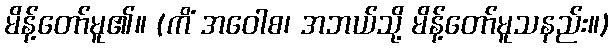
မိန့်တော်မူ၏။ (ကိံ အဝေါစ၊ အဘယ်သို့ မိန့်တော်မူသနည်း။)